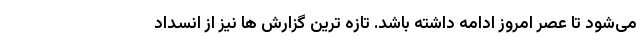
می‌شود تا عصر امروز ادامه داشته باشد. تازه ترین گزارش ها نیز از انسداد